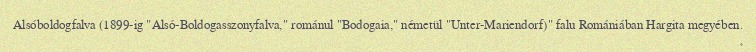
Alsóboldogfalva (1899-ig "Alsó-Boldogasszonyfalva," románul "Bodogaia," németül "Unter-Mariendorf)" falu Romániában Hargita megyében.